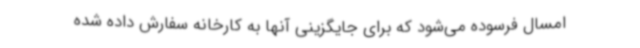
امسال فرسوده می‌شود که برای جایگزینی آنها به کارخانه سفارش داده شده